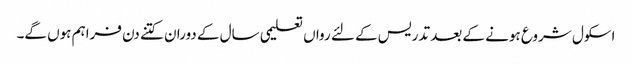
اسکول شروع ہونے کے بعد تدریس کے لئے رواں تعلیمی سال کے دوران کتنے دن فراہم ہوں گے۔